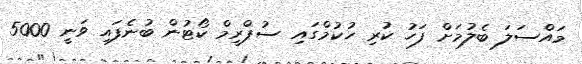
މައްސަލަ ބެލުމަށް ފަހު ކުރި ހުކުމްގައި ސުޕްރީމް ކޯޓުން ބުނެފައި ވަނީ 5000